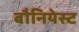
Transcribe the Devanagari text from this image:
बौनियेस्ट